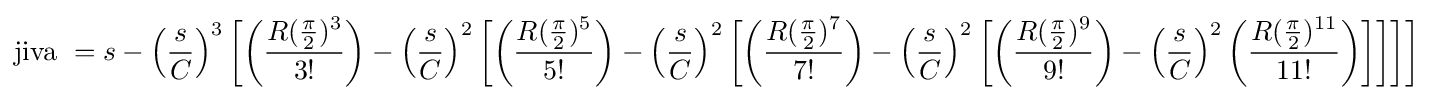
{\text{jiva }}=s-\left({\frac {s}{C}}\right)^{3}\left[\left({\frac {R({\frac {\pi }{2}})^{3}}{3!}}\right)-\left({\frac {s}{C}}\right)^{2}\left[\left({\frac {R({\frac {\pi }{2}})^{5}}{5!}}\right)-\left({\frac {s}{C}}\right)^{2}\left[\left({\frac {R({\frac {\pi }{2}})^{7}}{7!}}\right)-\left({\frac {s}{C}}\right)^{2}\left[\left({\frac {R({\frac {\pi }{2}})^{9}}{9!}}\right)-\left({\frac {s}{C}}\right)^{2}\left({\frac {R({\frac {\pi }{2}})^{11}}{11!}}\right)\right]\right]\right]\right]